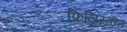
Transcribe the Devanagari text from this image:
फिलिस्‍तीन